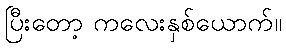
ပြီးတော့ ကလေးနှစ်ယောက်။